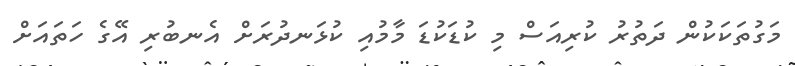
މަގުތަކަކުން ދަތުރު ކުރިއަސް މި ކުޑަކުޑަ މާމުއި ކުޅަނދުރަށް އެނބުރި އޭގެ ހަތައަށް